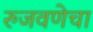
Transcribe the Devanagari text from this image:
रुजवणेचा